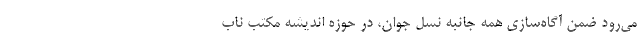
می‌رود ضمن آگاه‌سازیِ همه جانبه نسل جوان، در حوزه اندیشه مکتب ناب